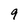
Character: 9